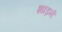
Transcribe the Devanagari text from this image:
झाड़नें